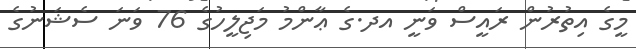
މީގެ އިތުރުން ރައީސް ވަނީ އދ.ގެ ޢާންމު މަޖިލީހުގެ 76 ވަނަ ސެޝަނުގެ